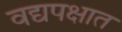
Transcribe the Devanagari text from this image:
वद्यपक्षात